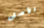
الأصلى